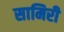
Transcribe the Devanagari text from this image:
सामिरी